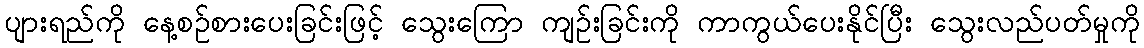
ပျားရည်ကို နေ့စဉ်စားပေးခြင်းဖြင့် သွေးကြော ကျဉ်းခြင်းကို ကာကွယ်ပေးနိုင်ပြီး သွေးလည်ပတ်မှုကို